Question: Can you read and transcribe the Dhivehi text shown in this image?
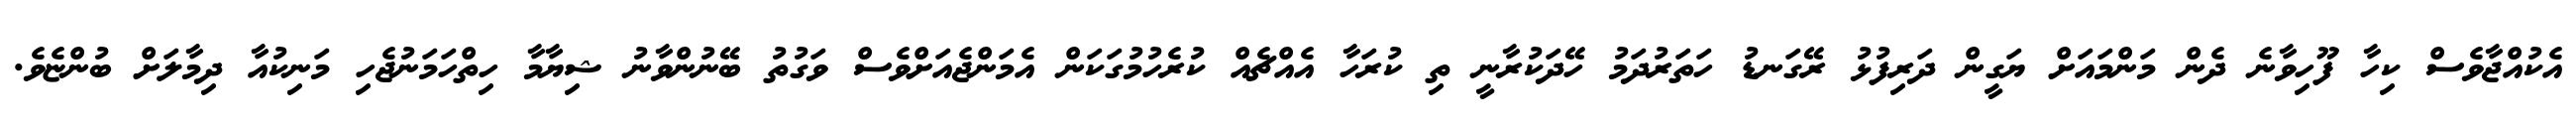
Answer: އެކުއްޖާވެސް ކިހާ ފޫހިވާނެ ދެން މަންމައަށް ޔަގީން ދަރިފުޅު ރޭގަނޑު ހަތަރުދަމު ހޭދަކުރާނީ ތި ކުރަހާ އެއްޗެއް ކުރެހުމުގަކަން އެމަންޖެއަށްވެސް ވަގުތު ބޭނުންވާނު ޝިޔާމާ ހިތްހަމަނުޖެހި މަނިކުއާ ދިމާލަށް ބުންޏެވެ.